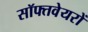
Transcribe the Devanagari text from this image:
सॉफ्तवेयरों